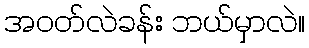
အဝတ်လဲခန်း ဘယ်မှာလဲ။